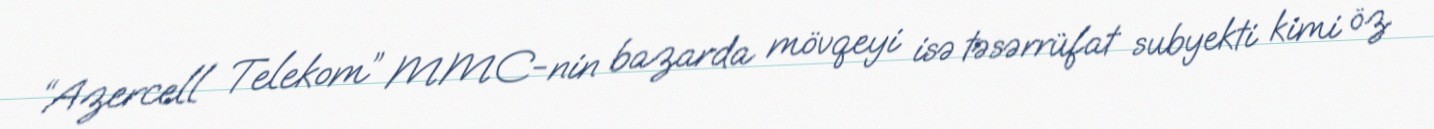
“Azercell Telekom” MMC-nin bazarda mövqeyi isə təsərrüfat subyekti kimi öz